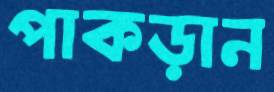
পাকড়ান